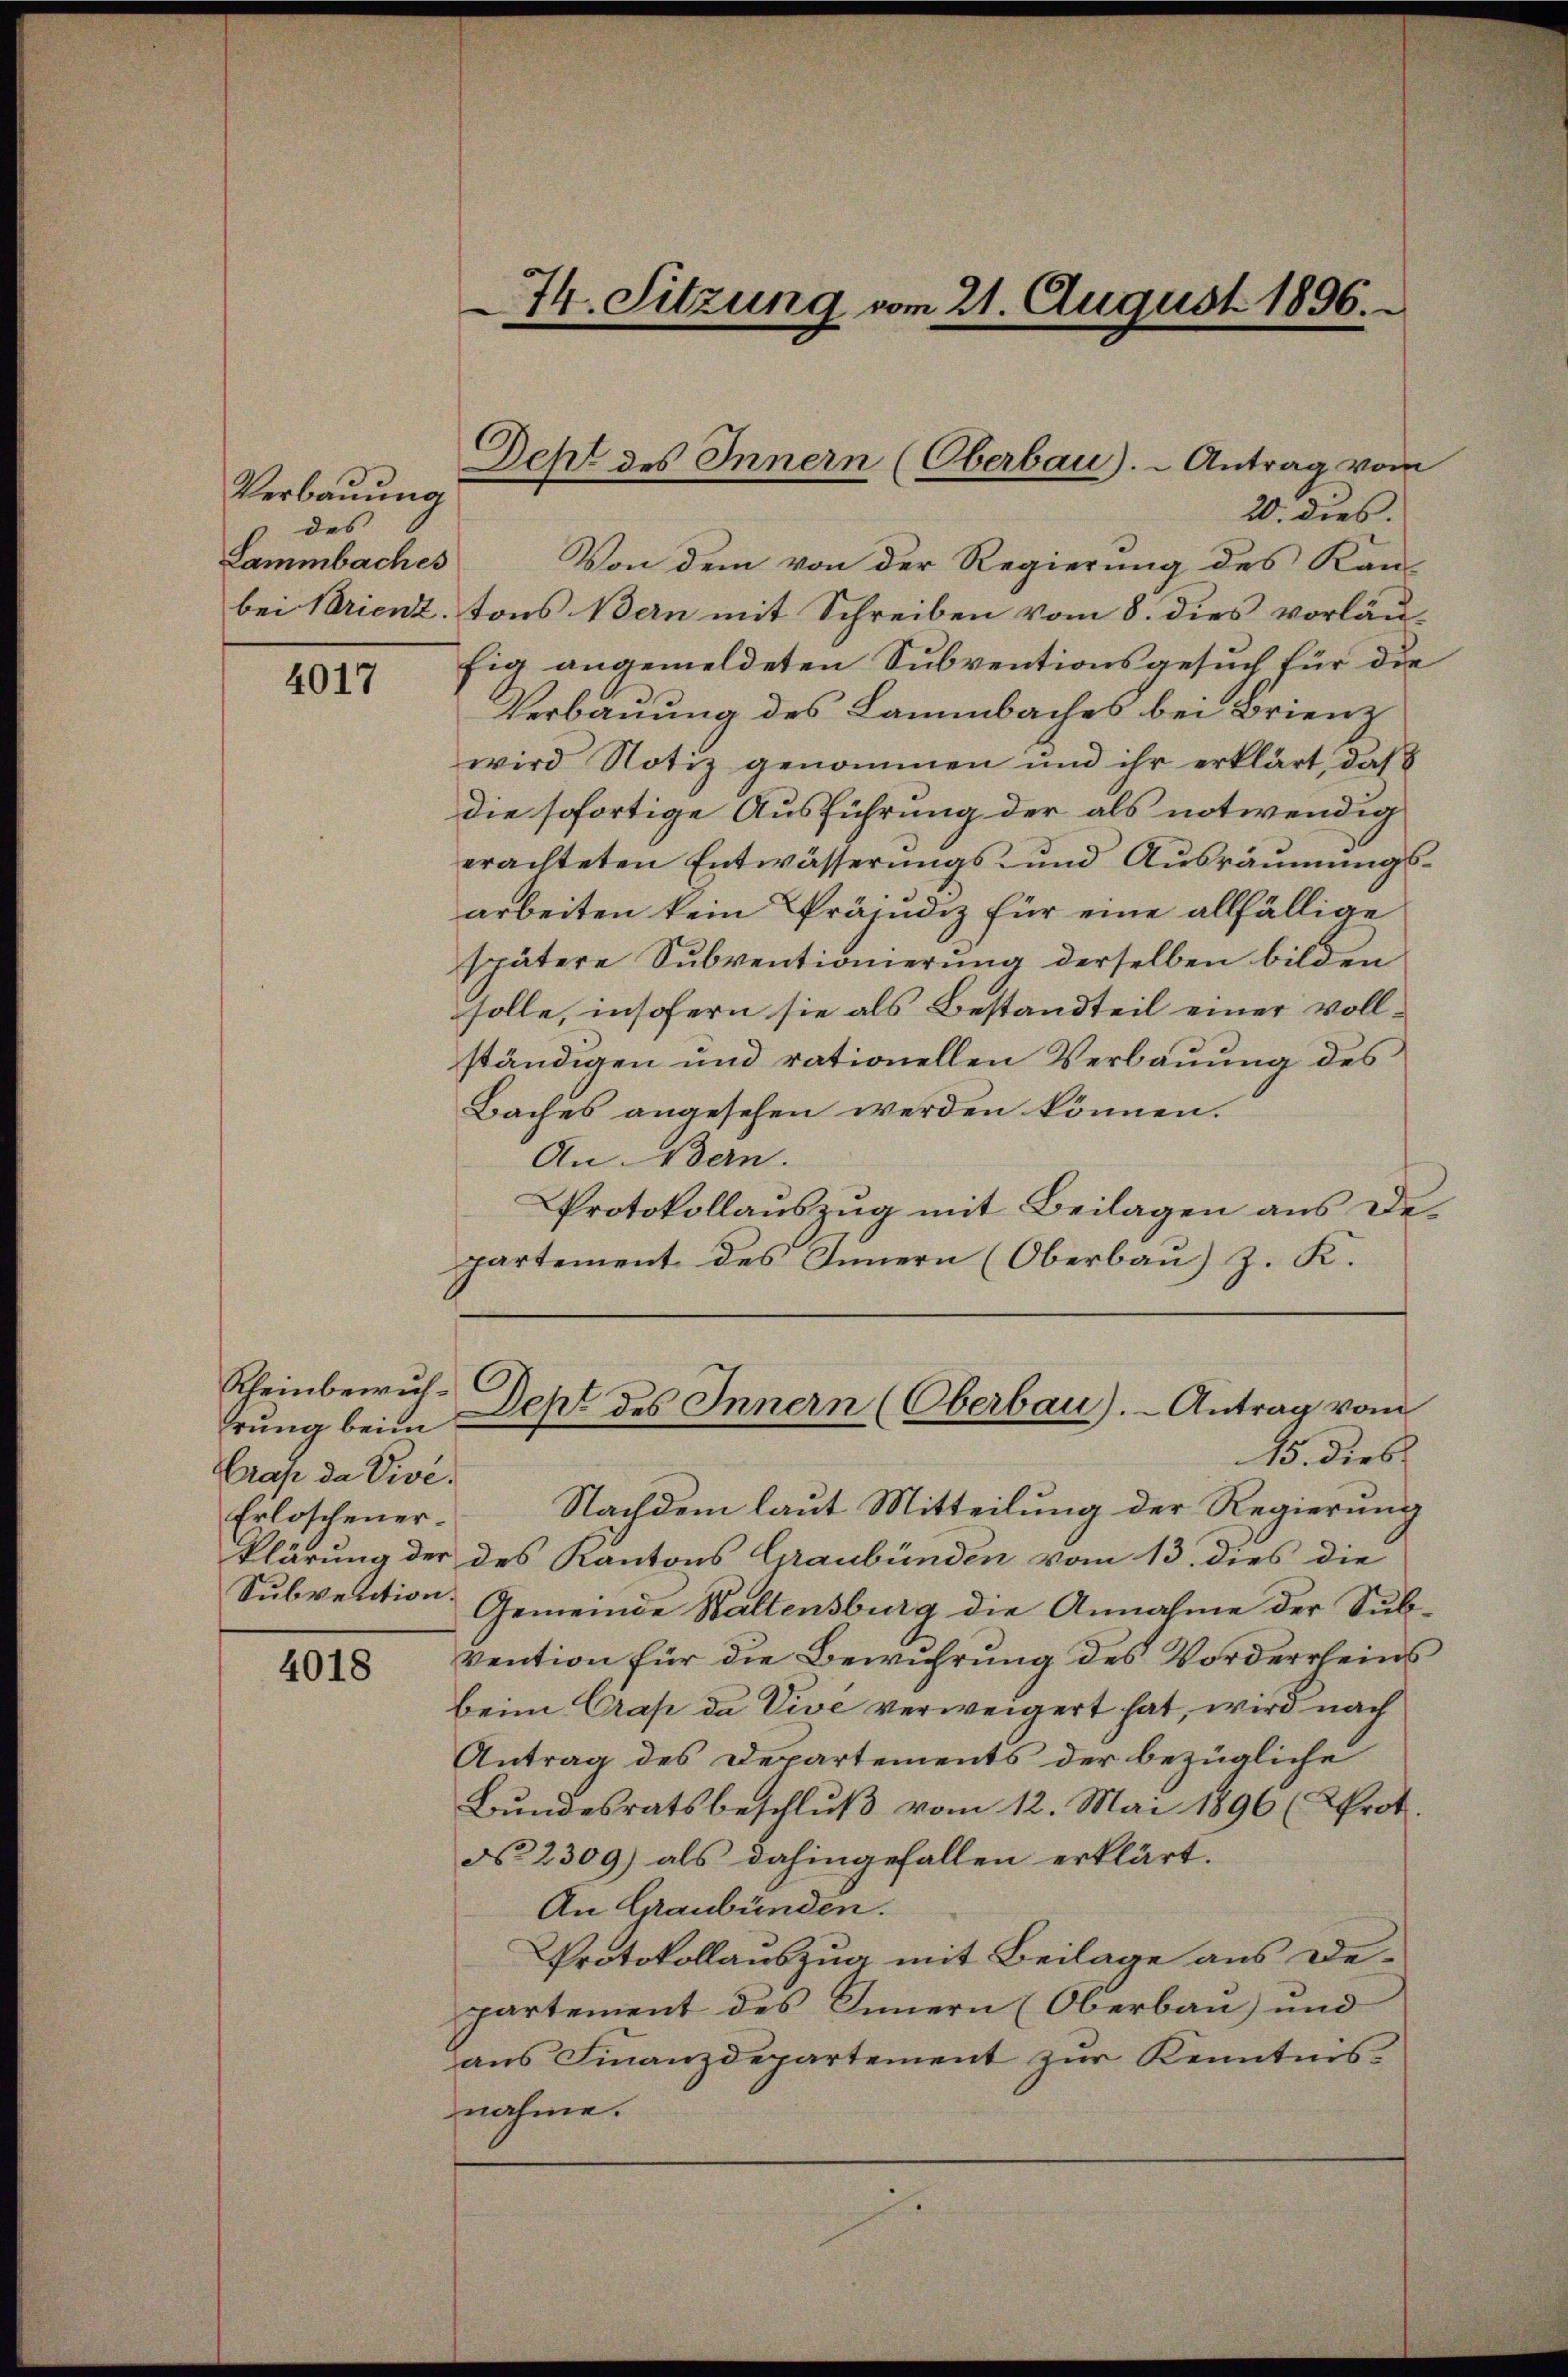
Verbauung
des |
Lammbaches

4017

Rheinbewuhhrung beim
Crap da Vive.
Erloschener-

4018

74. Sitzung vom 21. August 1896.

20. dies.
Von dem von der Regierung des Kan-
bei Brienz, tons Bern mit Schreiben vom 8. dies vorläu-
fig angemeldeten Subventionsgesuch für die
Verbauung des Lammbaches bei Brienz
wird Notiz genommen und ihr erklärt, daß
die sofortige Ausführung der als notwendig
erachteten Entwässerungs- und Ausräumungsarbeiten kein Präjudiz für eine allfällige
spätere Subventionierung derselben bilden
solle, insofern sie als Bestandteil einer vollständigen und rationellen Verbauung des
Baches angesehen werden können.
An Bern.
Protokollauszug mit Beilagen aus departement des Innern (Oberbau) z. K.
Deht des Innern (Oberbau). - Antrag vom
15. dies
Nachdem laut Mitteilung der Regierung
klärung der des Kantons Graubünden vom 13. dies die
Subvention Gemeinde Waltensburg die Annahme der Subvention für die Bewuhrung des Vorderrheins
beim Crap da Vive verweigert hat, wird nach
Antrag des Departements der bezügliche
Bŭndesratsbeschlŭβ vom 12. Mai 1896 (Prot.
No 2309) als dahingefallen erklärt.
An Graubünden.
Protokollauszug mit Beilage aus Departement des Innern (Oberbau) und
ans Finanzdepartement zŭr Kenntnis.
nahme.
d

Deht des Innern (Oberbau). - Antrag vom